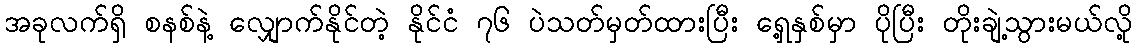
အခုလက်ရှိ စနစ်နဲ့ လျှောက်နိုင်တဲ့ နိုင်ငံ ၇၆ ပဲသတ်မှတ်ထားပြီး ရှေ့နှစ်မှာ ပိုပြီး တိုးချဲ့သွားမယ်လို့